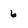
Character: 6